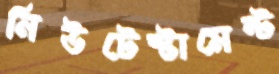
নিউটেস্টামেন্ট